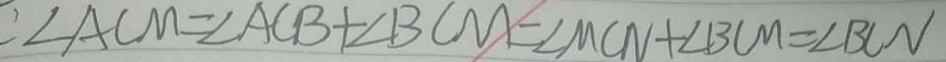
\angle A C M = \angle A C B + \angle B C M = \angle M C N + \angle B C M = \angle B C N